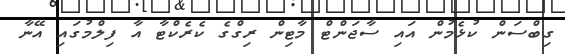
ގިބްސަން ކުޅެމުން އައި ސާޖަންޓް މާޓިން ރިގްގެ ކެރެކްޓާ އާ ފިލްމުގައި އޭނާ